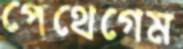
পেথেগেম